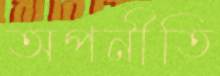
অপনীতি